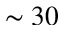
\sim 3 0